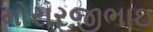
મોરારજીભાઇ